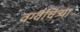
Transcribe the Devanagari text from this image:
वग्वैचित्र्या